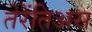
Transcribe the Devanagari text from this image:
तेरेंतिअस